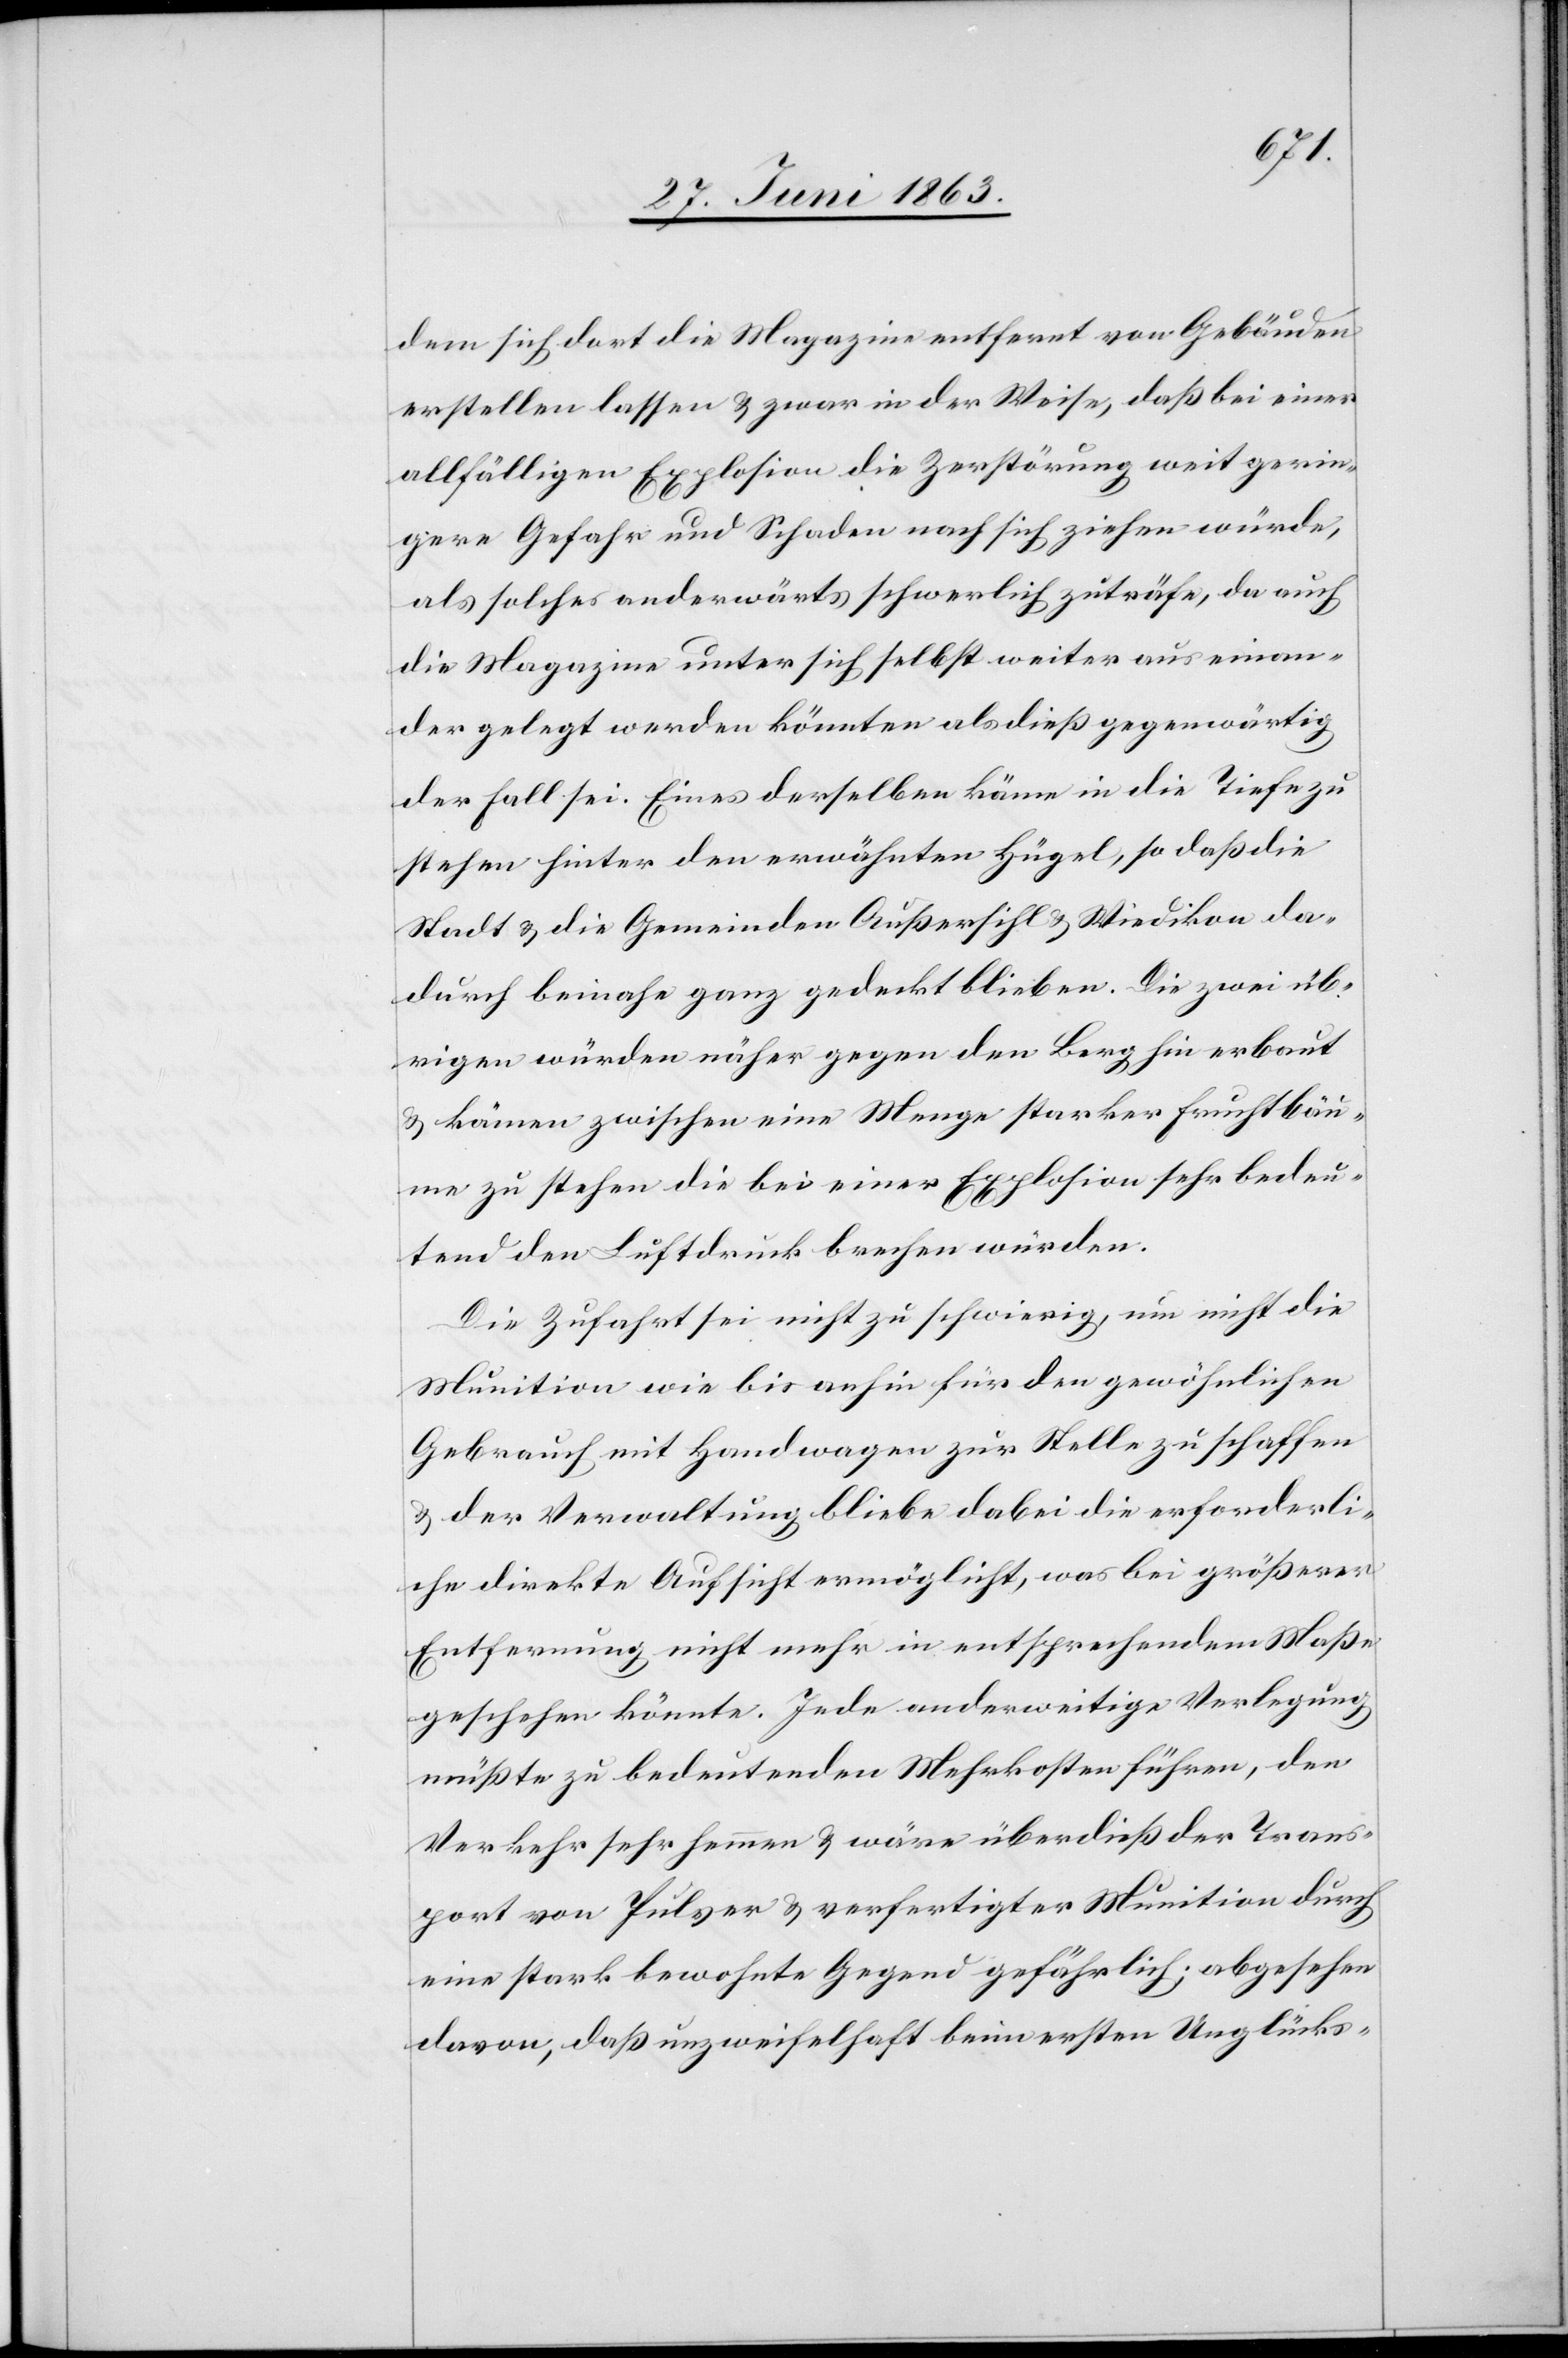
dem sich dort die Magazine entfernt von Gebäuden
erstellen lassen & zwar in der Weise, daß bei einer
allfälligen Explosion die Zerstörung weit gerin¬
gere Gefahr und Schaden nach sich ziehen würde,
als solches anderwärts schwerlich zuträfe, da auch
die Magazine unter sich selbst weiter auseinan¬
der gelegt werden könnten als dieß gegenwärtig
der Fall sei. Eines derselben käme in die Tiefe zu
stehen hinter den erwähnten Hügel, so daß die
Stadt & die Gemeinden Außersihl & Wiedikon da¬
durch beinahe ganz gedeckt blieben. Die zwei üb¬
rigen würden näher gegen den Berg hin erbaut
& kämen zwischen eine Menge starker Fruchtbäu¬
me zu stehen die bei einer Explosion sehr bedeu¬
tend den Luftdruck brechen würden.
Die Zufahrt sei nicht zu schwierig, um nicht die
Munition wie bis anhin für den gewöhnlichen
Gebrauch mit Handwagen zur Stelle zu schaffen
& der Verwaltung bliebe dabei die erforderli¬
che direkte Aufsicht ermöglicht, was bei größerer
Entfernung nicht mehr in entsprechendem Maße
geschehen könnte. Jede anderweitige Verlegung
müßte zu bedeutenden Mehrkosten führen, den
Verkehr sehr hemmen & wäre überdieß der Trans¬
port von Pulver & verfertigter Munition durch
eine stark bewohnte Gegend gefährlich; abgesehen
davon, daß unzweifelhaft beim ersten Unglücks-